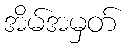
အိမ်အမှတ်